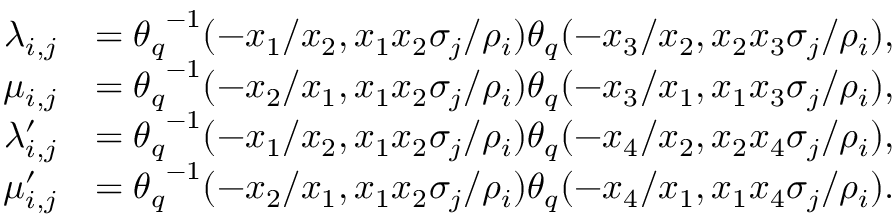
\begin{array} { r l } { \lambda _ { i , j } } & { = { \theta _ { q } } ^ { - 1 } ( - x _ { 1 } / x _ { 2 } , x _ { 1 } x _ { 2 } \sigma _ { j } / \rho _ { i } ) { \theta _ { q } } ( - x _ { 3 } / x _ { 2 } , x _ { 2 } x _ { 3 } \sigma _ { j } / \rho _ { i } ) , } \\ { \mu _ { i , j } } & { = { \theta _ { q } } ^ { - 1 } ( - x _ { 2 } / x _ { 1 } , x _ { 1 } x _ { 2 } \sigma _ { j } / \rho _ { i } ) { \theta _ { q } } ( - x _ { 3 } / x _ { 1 } , x _ { 1 } x _ { 3 } \sigma _ { j } / \rho _ { i } ) , } \\ { \lambda _ { i , j } ^ { \prime } } & { = { \theta _ { q } } ^ { - 1 } ( - x _ { 1 } / x _ { 2 } , x _ { 1 } x _ { 2 } \sigma _ { j } / \rho _ { i } ) { \theta _ { q } } ( - x _ { 4 } / x _ { 2 } , x _ { 2 } x _ { 4 } \sigma _ { j } / \rho _ { i } ) , } \\ { \mu _ { i , j } ^ { \prime } } & { = { \theta _ { q } } ^ { - 1 } ( - x _ { 2 } / x _ { 1 } , x _ { 1 } x _ { 2 } \sigma _ { j } / \rho _ { i } ) { \theta _ { q } } ( - x _ { 4 } / x _ { 1 } , x _ { 1 } x _ { 4 } \sigma _ { j } / \rho _ { i } ) . } \end{array}